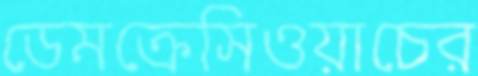
ডেমক্রেসিওয়াচের